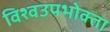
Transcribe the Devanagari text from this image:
विश्वउपभोक्ता